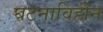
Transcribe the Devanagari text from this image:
घटनाविहीन